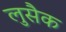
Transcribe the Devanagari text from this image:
लुसैक